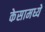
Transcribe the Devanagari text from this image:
केसामध्यें